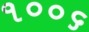
૧૦૦૬